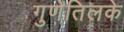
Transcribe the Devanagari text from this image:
गुणेतिलके